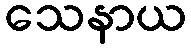
သေနာယ